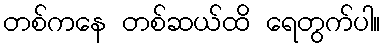
တစ်ကနေ တစ်ဆယ်ထိ ရေတွက်ပါ။